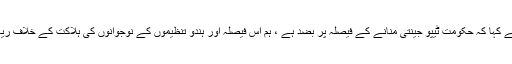
ریاستی صدر بی ایس یدی یورپا نے کہا کہ حکومت ٹیپو جینتی منانے کے فیصلہ پر بضد ہے ، ہم اس فیصلہ اور ہندو تنظیموں کے نوجوانوں کی ہلاکت کے خلاف ریاست بھر میں مظاہرے کریں گے۔